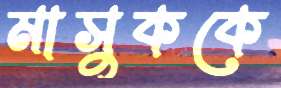
মাসুককে